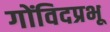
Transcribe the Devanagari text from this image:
गोंविदप्रभू